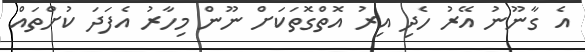
އެ ގާނޫނު އޭރު ހެދި އިރު އޮތްގޮތަކަށް ނޫން މިހާރު އެފަދަ ކުށްތައް